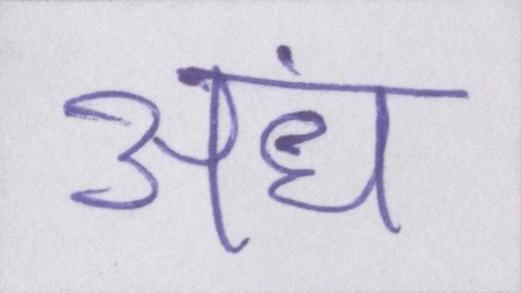
अंध